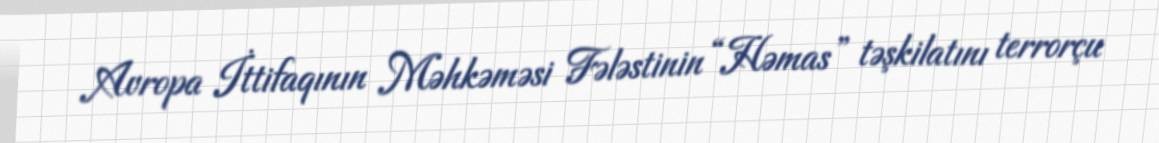
Avropa İttifaqının Məhkəməsi Fələstinin “Həmas” təşkilatını terrorçu